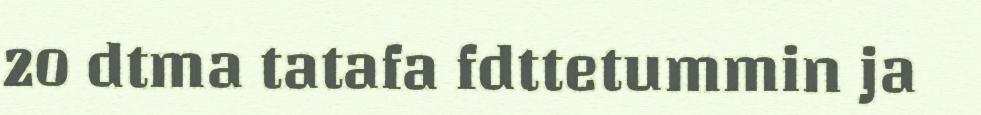
20 dtma tatafa fdttetummin ja